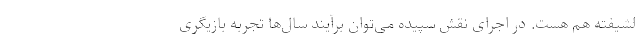
لشیفته هم هست. در اجرای نقش سپیده می‌توان برآیند سال‌ها تجربه بازیگری